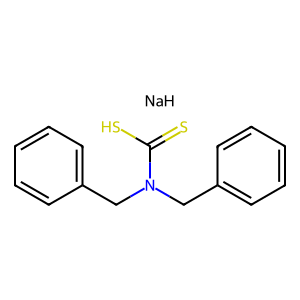
SMILES: S=C(S)N(Cc1ccccc1)Cc1ccccc1.[NaH]
Inhibits HIV replication: No